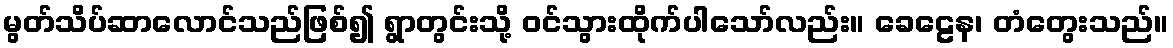
မွတ်သိပ်ဆာလောင်သည်ဖြစ်၍ ရွာတွင်းသို့ ဝင်သွားထိုက်ပါသော်လည်း။ ခေဠေန၊ တံတွေးသည်။